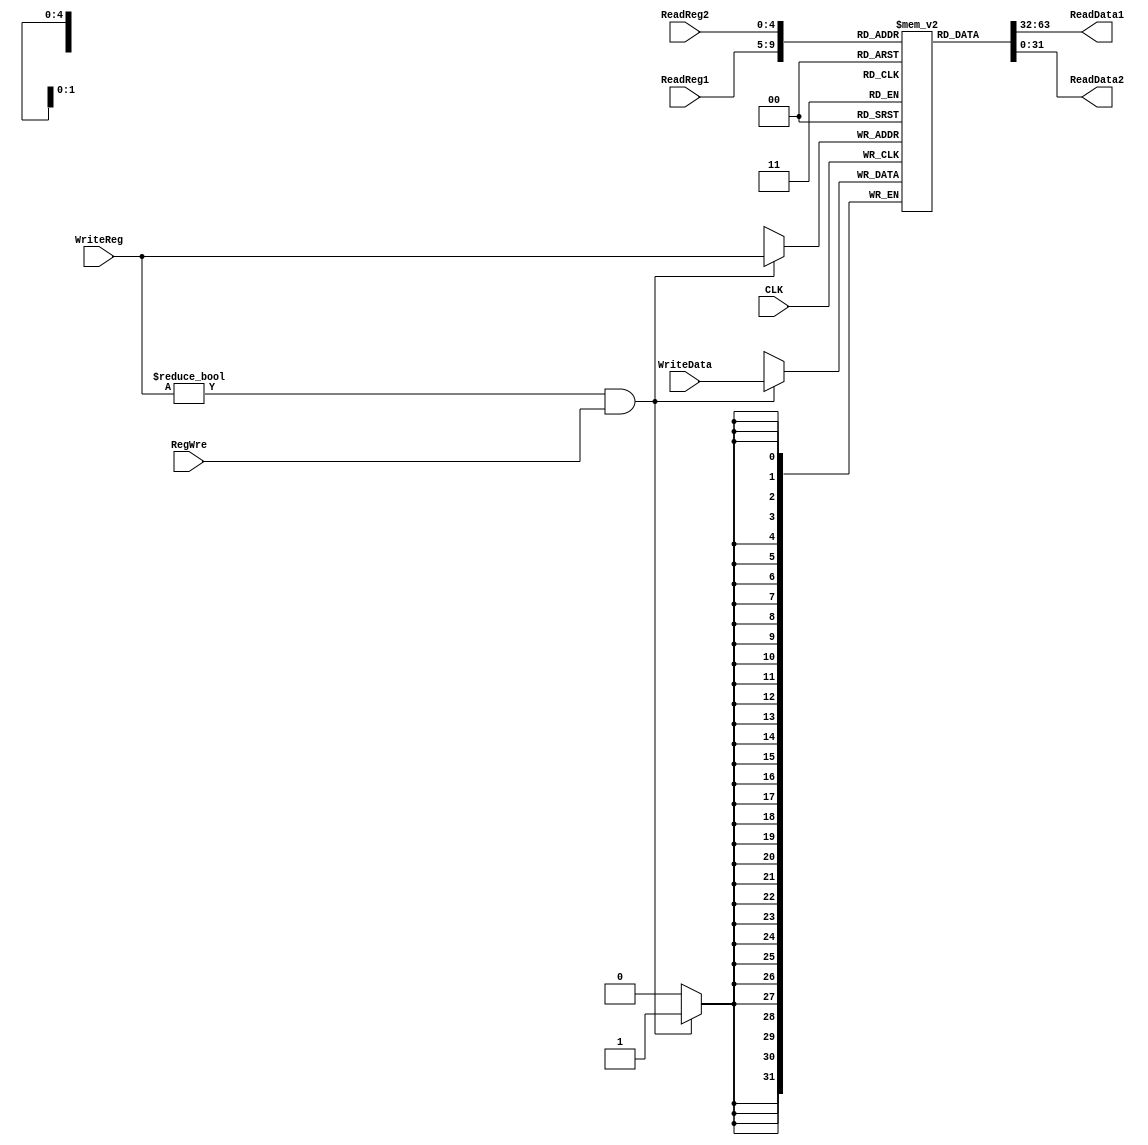
`timescale 1ns / 1ps
//////////////////////////////////////////////////////////////////////////////////
// Company: 
// Engineer: 
// 
// Design Name: 
// Module Name: register_file
// Project Name: 
// Target Devices: 
// Tool Versions: 
// Description: 
// 
// Dependencies: 
// 
// Revision:
// Revision 0.01 - File Created
// Additional Comments:
// 
//////////////////////////////////////////////////////////////////////////////////


module register_file(
        input CLK,
        input RegWre,
        input [4:0] ReadReg1,
        input [4:0] ReadReg2,
        input [4:0] WriteReg,
        input [31:0] WriteData,
        output [31:0] ReadData1,
        output [31:0] ReadData2
    );
    
    reg [31:0] regFile[0:31];
    integer i;
    initial begin
        for(i = 0; i < 32; i = i + 1) regFile[i] <= 0;
    end 
    
    assign ReadData1 = regFile[ReadReg1];
    assign ReadData2 = regFile[ReadReg2];
  
    always@(negedge CLK) begin
        if(WriteReg!=0 && RegWre) regFile[WriteReg] <= WriteData;
    end
endmodule